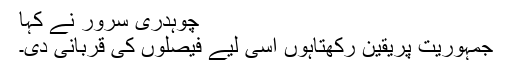
چوہدری سرور نے کہا
جمہوریت پریقین رکھتاہوں اسی لیے فیصلوں کی قربانی دی۔